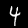
Label: 4